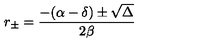
r _ { \pm } = \frac { - ( \alpha - \delta ) \pm \sqrt { \Delta } } { 2 \beta }